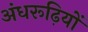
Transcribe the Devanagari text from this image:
अंधरूढ़ियों